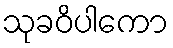
သုခဝိပါကော